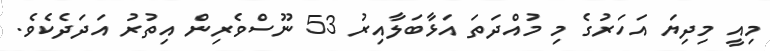
މިއީ މިދިޔަ އަހަރުގެ މި މުއްދަތަ އަޅާބަލާއިރު 53 ނޫސްވެރިން އިތުރު އަދަދެކެވެ.